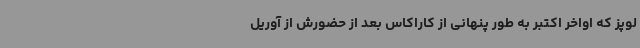
لوپز که اواخر اکتبر به طور پنهانی از کاراکاس بعد از حضورش از آوریل